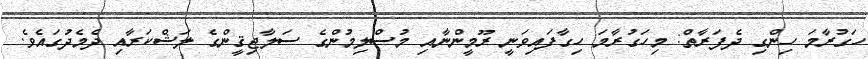
ހަގުރާމަ ހިންގި ދެފަރާތް: މިހަގުރާމަ ހިގާފައިވަނީ ރޫމީންނާއި މުސްލިމުންގެ ސަލާޖިޤީންގެ ލަޝްކަރާއި ދެމެދުގައެވެ.